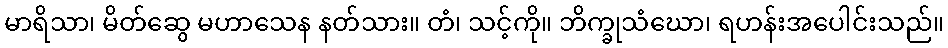
မာရိသာ၊ မိတ်ဆွေ မဟာသေန နတ်သား။ တံ၊ သင့်ကို။ ဘိက္ခုသံဃော၊ ရဟန်းအပေါင်းသည်။